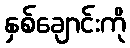
နှစ်ချောင်းကို